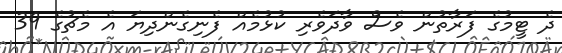
ދެ ޓީމުގެ ފަރާތުން ވެސް ވާދަވެރި ކުޅުމެއް ފެނިގެންދިޔަ އެ މެޗުގެ 39